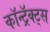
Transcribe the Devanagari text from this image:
कॉन्ट्रॅक्ट्स